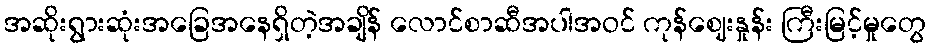
အဆိုးရွားဆုံးအခြေအနေရှိတဲ့အချိန် လောင်စာဆီအပါအဝင် ကုန်ဈေးနှုန်း ကြီးမြင့်မှုတွေ